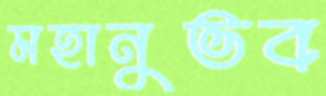
মহানুভব